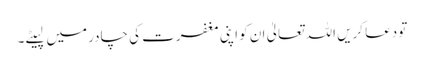
تو دعا کریں اللہ تعالیٰ ان کو اپنی مغفرت کی چادر میں لپیٹے۔